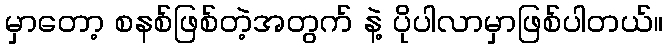
မှာတော့ စနစ်ဖြစ်တဲ့အတွက် နဲ့ ပိုပါလာမှာဖြစ်ပါတယ်။